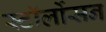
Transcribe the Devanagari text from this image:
स्टॉर्लोसन